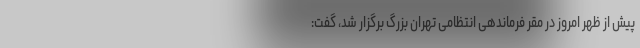
پیش از ظهر امروز در مقر فرماندهی انتظامی تهران بزرگ برگزار شد، گفت:‌